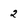
Character: 2